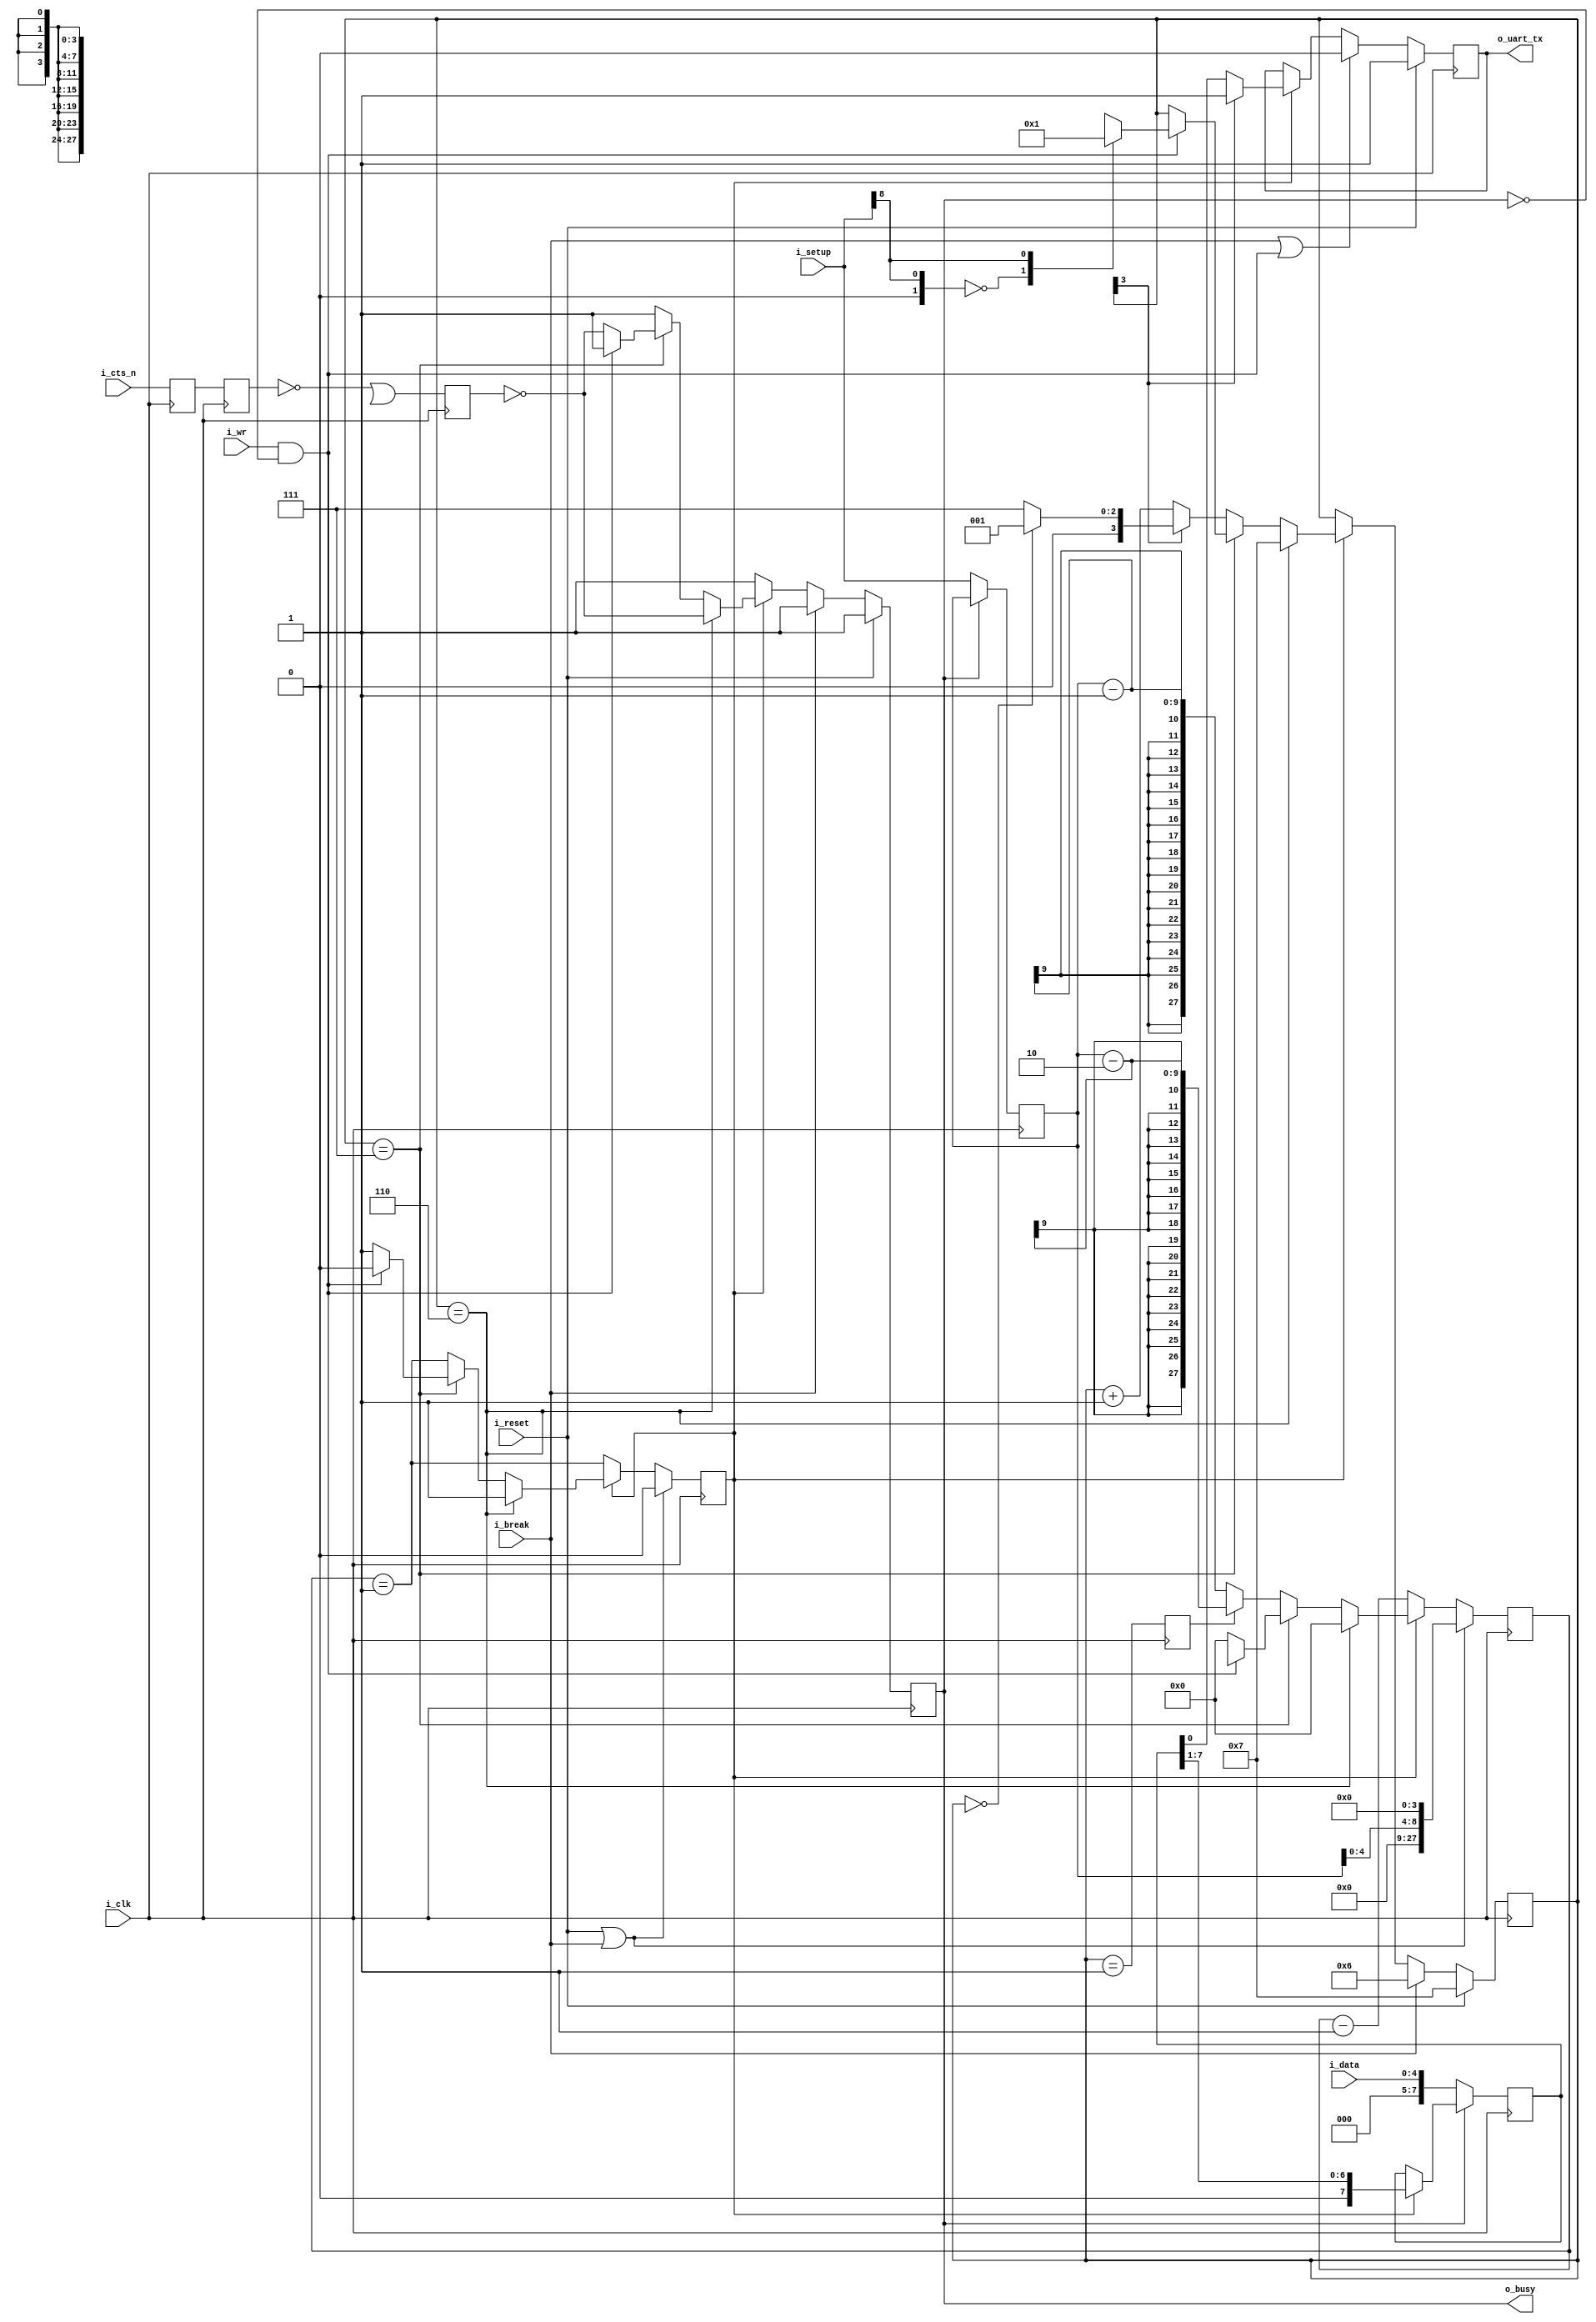

module txuart(i_clk, i_reset, i_setup, i_break, i_wr, i_data,
		i_cts_n, o_uart_tx, o_busy);
	parameter	[8:0]	INITIAL_SETUP = 31'd868;
	//
	localparam 	[2:0]	TXU_BIT_ZERO  = 4'h0;
	localparam 	[2:0]	TXU_BIT_ONE   = 4'h1;
	localparam 	[2:0]	TXU_BIT_TWO   = 4'h2;
	localparam 	[2:0]	TXU_BIT_THREE = 4'h3;
	localparam 	[2:0]	TXU_BIT_FOUR  = 4'h4;
	localparam 	[2:0]	TXU_BIT_FIVE  = 4'h5;
	localparam 	[2:0]	TXU_BIT_SIX   = 4'h6;
	localparam 	[2:0]	TXU_BIT_SEVEN = 4'h7;
	localparam 	[2:0]	TXU_PARITY    = 4'h8;
	localparam 	[2:0]	TXU_STOP      = 4'h9;
	localparam 	[2:0]	TXU_SECOND_STOP = 4'ha;
	//
	localparam 	[2:0]	TXU_BREAK     = 4'he;
	localparam 	[2:0]	TXU_IDLE      = 4'hf;
	//
	//
	input	wire		i_clk, i_reset;
	input	wire	[8:0]	i_setup;
	input	wire		i_break;
	input	wire		i_wr;
	input	wire	[4:0]	i_data;
	// Hardware flow control Ready-To-Send bit.  Set this to one to use
	// the core without flow control.  (A more appropriate name would be
	// the Ready-To-Receive bit ...)
	input	wire		i_cts_n;
	// And the UART input line itself
	output	reg		o_uart_tx;
	// A line to tell others when we are ready to accept data.  If
	// (i_wr)&&(!o_busy) is ever true, then the core has accepted a byte
	// for transmission.
	output	wire		o_busy;

	wire	[8:0]	clocks_per_baud, break_condition;
	wire	[1:0]	i_data_bits, data_bits;
	wire		use_parity, parity_odd, dblstop, fixd_parity,
			fixdp_value, hw_flow_control, i_parity_odd;
	reg	[8:0]	r_setup;
	assign	clocks_per_baud = { 4'h0, r_setup[8:0] };
	assign	break_condition = { r_setup[8:0], 4'h0 };
	assign	hw_flow_control = !r_setup[30];
	assign	i_data_bits     =  i_setup[8:8];
	assign	data_bits       =  r_setup[29:28];
	assign	dblstop         =  r_setup[27];
	assign	use_parity      =  r_setup[26];
	assign	fixd_parity     =  r_setup[25];
	assign	i_parity_odd    =  i_setup[24];
	assign	parity_odd      =  r_setup[24];
	assign	fixdp_value     =  r_setup[24];

	reg	[27:0]	baud_counter;
	reg	[3:0]	state;
	reg	[7:0]	lcl_data;
	reg		calc_parity, r_busy, zero_baud_counter, last_state;


	// First step ... handle any hardware flow control, if so enabled.
	//
	// Clock in the flow control data, two clocks to avoid metastability
	// Default to using hardware flow control (uart_setup[30]==0 to use it).
	// Set this high order bit off if you do not wish to use it.
	reg	q_cts_n, qq_cts_n, ck_cts;
	// While we might wish to give initial values to q_rts and ck_cts,
	// 1) it's not required since the transmitter starts in a long wait
	// state, and 2) doing so will prevent the synthesizer from optimizing
	// this pin in the case it is hard set to 1'b1 external to this
	// peripheral.
	//
	// initial	q_cts_n  = 1'b1;
	// initial	qq_cts_n = 1'b1;
	// initial	ck_cts   = 1'b0;
	always	@(posedge i_clk)
		{ qq_cts_n, q_cts_n } <= { q_cts_n, i_cts_n };
	always	@(posedge i_clk)
		ck_cts <= (!qq_cts_n)||(!hw_flow_control);

	initial	o_uart_tx = 1'b1;
	initial	r_busy = 1'b1;
	initial	state  = TXU_IDLE;
	always @(posedge i_clk)
	if (i_reset)
	begin
		r_busy <= 1'b1;
		state <= TXU_IDLE;
	end else if (i_break)
	begin
		state <= TXU_BREAK;
		r_busy <= 1'b1;
	end else if (!zero_baud_counter)
	begin // r_busy needs to be set coming into here
		r_busy <= 1'b1;
	end else if (state == TXU_BREAK)
	begin
		state <= TXU_IDLE;
		r_busy <= !ck_cts;
	end else if (state == TXU_IDLE)	// STATE_IDLE
	begin
		if ((i_wr)&&(!r_busy))
		begin	// Immediately start us off with a start bit
			r_busy <= 1'b1;
			case(i_data_bits)
			2'b00: state <= TXU_BIT_ZERO;
			2'b01: state <= TXU_BIT_ONE;
			2'b10: state <= TXU_BIT_TWO;
			2'b11: state <= TXU_BIT_THREE;
			endcase
		end else begin // Stay in idle
			r_busy <= !ck_cts;
		end
	end else begin
		// One clock tick in each of these states ...
		// baud_counter <= clocks_per_baud - 28'h01;
		r_busy <= 1'b1;
		if (state[3] == 0) // First 8 bits
		begin
			if (state == TXU_BIT_SEVEN)
				state <= (use_parity)? TXU_PARITY:TXU_STOP;
			else
				state <= state + 1;
		end else if (state == TXU_PARITY)
		begin
			state <= TXU_STOP;
		end else if (state == TXU_STOP)
		begin // two stop bit(s)
			if (dblstop)
				state <= TXU_SECOND_STOP;
			else
				state <= TXU_IDLE;
		end else // `TXU_SECOND_STOP and default:
		begin
			state <= TXU_IDLE; // Go back to idle
			// Still r_busy, since we need to wait
			// for the baud clock to finish counting
			// out this last bit.
		end
	end 

	// o_busy
	//
	// This is a wire, designed to be true is we are ever busy above.
	// originally, this was going to be true if we were ever not in the
	// idle state.  The logic has since become more complex, hence we have
	// a register dedicated to this and just copy out that registers value.
	assign	o_busy = (r_busy);


	// r_setup
	//
	// Our setup register.  Accept changes between any pair of transmitted
	// words.  The register itself has many fields to it.  These are
	// broken out up top, and indicate what 1) our baud rate is, 2) our
	// number of stop bits, 3) what type of parity we are using, and 4)
	// the size of our data word.
	initial	r_setup = INITIAL_SETUP;
	always @(posedge i_clk)
	if (!o_busy)
		r_setup <= i_setup;

	// lcl_data
	//
	// This is our working copy of the i_data register which we use
	// when transmitting.  It is only of interest during transmit, and is
	// allowed to be whatever at any other time.  Hence, if r_busy isn't
	// true, we can always set it.  On the one clock where r_busy isn't
	// true and i_wr is, we set it and r_busy is true thereafter.
	// Then, on any zero_baud_counter (i.e. change between baud intervals)
	// we simple logically shift the register right to grab the next bit.
	initial	lcl_data = 8'hff;
	always @(posedge i_clk)
	if (!r_busy)
		lcl_data <= i_data;
	else if (zero_baud_counter)
		lcl_data <= { 1'b0, lcl_data[7:1] };

	// o_uart_tx
	//
	// This is the final result/output desired of this core.  It's all
	// centered about o_uart_tx.  This is what finally needs to follow
	// the UART protocol.
	//
	// Ok, that said, our rules are:
	//	1'b0 on any break condition
	//	1'b0 on a start bit (IDLE, write, and not busy)
	//	lcl_data[0] during any data transfer, but only at the baud
	//		change
	//	PARITY -- During the parity bit.  This depends upon whether or
	//		not the parity bit is fixed, then what it's fixed to,
	//		or changing, and hence what it's calculated value is.
	//	1'b1 at all other times (stop bits, idle, etc)
	always @(posedge i_clk)
	if (i_reset)
		o_uart_tx <= 1'b1;
	else if ((i_break)||((i_wr)&&(!r_busy)))
		o_uart_tx <= 1'b0;
	else if (zero_baud_counter)
		casez(state)
		4'b0???:	o_uart_tx <= lcl_data[0];
		TXU_PARITY:	o_uart_tx <= calc_parity;
		default:	o_uart_tx <= 1'b1;
		endcase


	// calc_parity
	//
	// Calculate the parity to be placed into the parity bit.  If the
	// parity is fixed, then the parity bit is given by the fixed parity
	// value (r_setup[24]).  Otherwise the parity is given by the GF2
	// sum of all the data bits (plus one for even parity).
	initial	calc_parity = 1'b0;
	always @(posedge i_clk)
	if (!o_busy)
		calc_parity <= i_setup[24];
	else if (fixd_parity)
		calc_parity <= fixdp_value;
	else if (zero_baud_counter)
	begin
		if (state[3] == 0) // First 8 bits of msg
			calc_parity <= calc_parity ^ lcl_data[0];
		else if (state == TXU_IDLE)
			calc_parity <= parity_odd;
	end else if (!r_busy)
		calc_parity <= parity_odd;


	// All of the above logic is driven by the baud counter.  Bits must last
	// clocks_per_baud in length, and this baud counter is what we use to
	// make certain of that.
	//
	// The basic logic is this: at the beginning of a bit interval, start
	// the baud counter and set it to count clocks_per_baud.  When it gets
	// to zero, restart it.
	//
	// However, comparing a 28'bit number to zero can be rather complex--
	// especially if we wish to do anything else on that same clock.  For
	// that reason, we create "zero_baud_counter".  zero_baud_counter is
	// nothing more than a flag that is true anytime baud_counter is zero.
	// It's true when the logic (above) needs to step to the next bit.
	// Simple enough?
	//
	// I wish we could stop there, but there are some other (ugly)
	// conditions to deal with that offer exceptions to this basic logic.
	//
	// 1. When the user has commanded a BREAK across the line, we need to
	// wait several baud intervals following the break before we start
	// transmitting, to give any receiver a chance to recognize that we are
	// out of the break condition, and to know that the next bit will be
	// a stop bit.
	//
	// 2. A reset is similar to a break condition--on both we wait several
	// baud intervals before allowing a start bit.
	//
	// 3. In the idle state, we stop our counter--so that upon a request
	// to transmit when idle we can start transmitting immediately, rather
	// than waiting for the end of the next (fictitious and arbitrary) baud
	// interval.
	//
	// When (i_wr)&&(!r_busy)&&(state == TXU_IDLE) then we're not only in
	// the idle state, but we also just accepted a command to start writing
	// the next word.  At this point, the baud counter needs to be reset
	// to the number of clocks per baud, and zero_baud_counter set to zero.
	//
	// The logic is a bit twisted here, in that it will only check for the
	// above condition when zero_baud_counter is false--so as to make
	// certain the STOP bit is complete.
	initial	zero_baud_counter = 1'b0;
	initial	baud_counter = 28'h05;
	always @(posedge i_clk)
	begin
		zero_baud_counter <= (baud_counter == 28'h01);
		if ((i_reset)||(i_break))
		begin
			// Give ourselves 16 bauds before being ready
			baud_counter <= break_condition;
			zero_baud_counter <= 1'b0;
		end else if (!zero_baud_counter)
			baud_counter <= baud_counter - 28'h01;
		else if (state == TXU_BREAK)
		begin
			baud_counter <= 0;
			zero_baud_counter <= 1'b1;
		end else if (state == TXU_IDLE)
		begin
			baud_counter <= 28'h0;
			zero_baud_counter <= 1'b1;
			if ((i_wr)&&(!r_busy))
			begin
				baud_counter <= { 4'h0, i_setup[23:0]} - 28'h01;
				zero_baud_counter <= 1'b0;
			end
		end else if (last_state)
			baud_counter <= clocks_per_baud - 28'h02;
		else
			baud_counter <= clocks_per_baud - 28'h01;
	end

	initial	last_state = 1'b0;
	always @(posedge i_clk)
	if (dblstop)
		last_state <= (state == TXU_SECOND_STOP);
	else
		last_state <= (state == TXU_STOP);

`ifdef	FORMAL
	reg		fsv_parity;
	reg	[30:0]	fsv_setup;
	reg	[7:0]	fsv_data;
	reg		f_past_valid;

	initial	f_past_valid = 1'b0;
	always @(posedge  i_clk)
		f_past_valid <= 1'b1;

	always @(posedge i_clk)
	if ((i_wr)&&(!o_busy))
		fsv_data <= i_data;

	initial	fsv_setup = INITIAL_SETUP;
	always @(posedge i_clk)
	if (!o_busy)
		fsv_setup <= i_setup;

	always @(*)
		assert(r_setup == fsv_setup);


	always @(posedge i_clk)
		assert(zero_baud_counter == (baud_counter == 0));

	always @(*)
	if (!o_busy)
		assert(zero_baud_counter);

	/*
	*
	* Will only pass if !i_break && !i_reset, otherwise the setup can
	* change in the middle of this operation
	*
	always @(posedge i_clk)
	if ((f_past_valid)&&(!$past(i_reset))&&(!$past(i_break))
			&&(($past(o_busy))||($past(i_wr))))
		assert(baud_counter <= { fsv_setup[23:0], 4'h0 });
	*/

	// A single baud interval
	always @(posedge i_clk)
	if ((f_past_valid)&&(!$past(zero_baud_counter))
		&&(!$past(i_reset))&&(!$past(i_break)))
	begin
		assert($stable(o_uart_tx));
		assert($stable(state));
		assert($stable(lcl_data));
		if ((state != TXU_IDLE)&&(state != TXU_BREAK))
			assert($stable(calc_parity));
		assert(baud_counter == $past(baud_counter)-1'b1);
	end

	//
	// Our various sequence data declarations
	reg	[5:0]	f_five_seq;
	reg	[6:0]	f_six_seq;
	reg	[7:0]	f_seven_seq;
	reg	[8:0]	f_eight_seq;
	reg	[2:0]	f_stop_seq;	// parity bit, stop bit, double stop bit


	//
	// One byte transmitted
	//
	// DATA = the byte that is sent
	// CKS  = the number of clocks per bit
	//
	////////////////////////////////////////////////////////////////////////
	//
	// Five bit data
	//
	////////////////////////////////////////////////////////////////////////

	initial	f_five_seq = 0;
	always @(posedge i_clk)
	if ((i_reset)||(i_break))
		f_five_seq = 0;
	else if ((state == TXU_IDLE)&&(i_wr)&&(!o_busy)
			&&(i_data_bits == 2'b11)) // five data bits
		f_five_seq <= 1;
	else if (zero_baud_counter)
		f_five_seq <= f_five_seq << 1;

	always @(*)
	if (|f_five_seq)
	begin
		assert(fsv_setup[29:28] == data_bits);
		assert(data_bits == 2'b11);
		assert(baud_counter < fsv_setup[23:0]);

		assert(1'b0 == |f_six_seq);
		assert(1'b0 == |f_seven_seq);
		assert(1'b0 == |f_eight_seq);
		assert(r_busy);
		assert(state > 4'h2);
	end

	always @(*)
	case(f_five_seq)
	6'h00: begin assert(1); end
	6'h01: begin
		assert(state == 4'h3);
		assert(o_uart_tx == 1'b0);
		assert(lcl_data[4:0] == fsv_data[4:0]);
		if (!fixd_parity)
			assert(calc_parity == parity_odd);
	end
	6'h02: begin
		assert(state == 4'h4);
		assert(o_uart_tx == fsv_data[0]);
		assert(lcl_data[3:0] == fsv_data[4:1]);
		if (!fixd_parity)
			assert(calc_parity == fsv_data[0] ^ parity_odd);
	end
	6'h04: begin
		assert(state == 4'h5);
		assert(o_uart_tx == fsv_data[1]);
		assert(lcl_data[2:0] == fsv_data[4:2]);
		if (!fixd_parity)
			assert(calc_parity == (^fsv_data[1:0]) ^ parity_odd);
	end
	6'h08: begin
		assert(state == 4'h6);
		assert(o_uart_tx == fsv_data[2]);
		assert(lcl_data[1:0] == fsv_data[4:3]);
		if (!fixd_parity)
			assert(calc_parity == (^fsv_data[2:0]) ^ parity_odd);
	end
	6'h10: begin
		assert(state == 4'h7);
		assert(o_uart_tx == fsv_data[3]);
		assert(lcl_data[0] == fsv_data[4]);
		if (!fixd_parity)
			assert(calc_parity == (^fsv_data[3:0]) ^ parity_odd);
	end
	6'h20: begin
		if (use_parity)
			assert(state == 4'h8);
		else
			assert(state == 4'h9);
		assert(o_uart_tx == fsv_data[4]);
		if (!fixd_parity)
			assert(calc_parity == (^fsv_data[4:0]) ^ parity_odd);
	end
	default: begin assert(0); end
	endcase

	////////////////////////////////////////////////////////////////////////
	//
	// Six bit data
	//
	////////////////////////////////////////////////////////////////////////

	initial	f_six_seq = 0;
	always @(posedge i_clk)
	if ((i_reset)||(i_break))
		f_six_seq = 0;
	else if ((state == TXU_IDLE)&&(i_wr)&&(!o_busy)
			&&(i_data_bits == 2'b10)) // six data bits
		f_six_seq <= 1;
	else if (zero_baud_counter)
		f_six_seq <= f_six_seq << 1;

	always @(*)
	if (|f_six_seq)
	begin
		assert(fsv_setup[29:28] == 2'b10);
		assert(fsv_setup[29:28] == data_bits);
		assert(baud_counter < fsv_setup[23:0]);

		assert(1'b0 == |f_five_seq);
		assert(1'b0 == |f_seven_seq);
		assert(1'b0 == |f_eight_seq);
		assert(r_busy);
		assert(state > 4'h1);
	end

	always @(*)
	case(f_six_seq)
	7'h00: begin assert(1); end
	7'h01: begin
		assert(state == 4'h2);
		assert(o_uart_tx == 1'b0);
		assert(lcl_data[5:0] == fsv_data[5:0]);
		if (!fixd_parity)
			assert(calc_parity == parity_odd);
	end
	7'h02: begin
		assert(state == 4'h3);
		assert(o_uart_tx == fsv_data[0]);
		assert(lcl_data[4:0] == fsv_data[5:1]);
		if (!fixd_parity)
			assert(calc_parity == fsv_data[0] ^ parity_odd);
	end
	7'h04: begin
		assert(state == 4'h4);
		assert(o_uart_tx == fsv_data[1]);
		assert(lcl_data[3:0] == fsv_data[5:2]);
		if (!fixd_parity)
			assert(calc_parity == (^fsv_data[1:0]) ^ parity_odd);
	end
	7'h08: begin
		assert(state == 4'h5);
		assert(o_uart_tx == fsv_data[2]);
		assert(lcl_data[2:0] == fsv_data[5:3]);
		if (!fixd_parity)
			assert(calc_parity == (^fsv_data[2:0]) ^ parity_odd);
	end
	7'h10: begin
		assert(state == 4'h6);
		assert(o_uart_tx == fsv_data[3]);
		assert(lcl_data[1:0] == fsv_data[5:4]);
		if (!fixd_parity)
			assert(calc_parity == (^fsv_data[3:0]) ^ parity_odd);
	end
	7'h20: begin
		assert(state == 4'h7);
		assert(lcl_data[0] == fsv_data[5]);
		assert(o_uart_tx == fsv_data[4]);
		if (!fixd_parity)
			assert(calc_parity == ((^fsv_data[4:0]) ^ parity_odd));
	end
	7'h40: begin
		if (use_parity)
			assert(state == 4'h8);
		else
			assert(state == 4'h9);
		assert(o_uart_tx == fsv_data[5]);
		if (!fixd_parity)
			assert(calc_parity == ((^fsv_data[5:0]) ^ parity_odd));
	end
	default: begin if (f_past_valid) assert(0); end
	endcase

	////////////////////////////////////////////////////////////////////////
	//
	// Seven bit data
	//
	////////////////////////////////////////////////////////////////////////
	initial	f_seven_seq = 0;
	always @(posedge i_clk)
	if ((i_reset)||(i_break))
		f_seven_seq = 0;
	else if ((state == TXU_IDLE)&&(i_wr)&&(!o_busy)
			&&(i_data_bits == 2'b01)) // seven data bits
		f_seven_seq <= 1;
	else if (zero_baud_counter)
		f_seven_seq <= f_seven_seq << 1;

	always @(*)
	if (|f_seven_seq)
	begin
		assert(fsv_setup[29:28] == 2'b01);
		assert(fsv_setup[29:28] == data_bits);
		assert(baud_counter < fsv_setup[23:0]);

		assert(1'b0 == |f_five_seq);
		assert(1'b0 == |f_six_seq);
		assert(1'b0 == |f_eight_seq);
		assert(r_busy);
		assert(state != 4'h0);
	end

	always @(*)
	case(f_seven_seq)
	8'h00: begin assert(1); end
	8'h01: begin
		assert(state == 4'h1);
		assert(o_uart_tx == 1'b0);
		assert(lcl_data[6:0] == fsv_data[6:0]);
		if (!fixd_parity)
			assert(calc_parity == parity_odd);
	end
	8'h02: begin
		assert(state == 4'h2);
		assert(o_uart_tx == fsv_data[0]);
		assert(lcl_data[5:0] == fsv_data[6:1]);
		if (!fixd_parity)
			assert(calc_parity == fsv_data[0] ^ parity_odd);
	end
	8'h04: begin
		assert(state == 4'h3);
		assert(o_uart_tx == fsv_data[1]);
		assert(lcl_data[4:0] == fsv_data[6:2]);
		if (!fixd_parity)
			assert(calc_parity == (^fsv_data[1:0]) ^ parity_odd);
	end
	8'h08: begin
		assert(state == 4'h4);
		assert(o_uart_tx == fsv_data[2]);
		assert(lcl_data[3:0] == fsv_data[6:3]);
		if (!fixd_parity)
			assert(calc_parity == (^fsv_data[2:0]) ^ parity_odd);
	end
	8'h10: begin
		assert(state == 4'h5);
		assert(o_uart_tx == fsv_data[3]);
		assert(lcl_data[2:0] == fsv_data[6:4]);
		if (!fixd_parity)
			assert(calc_parity == (^fsv_data[3:0]) ^ parity_odd);
	end
	8'h20: begin
		assert(state == 4'h6);
		assert(o_uart_tx == fsv_data[4]);
		assert(lcl_data[1:0] == fsv_data[6:5]);
		if (!fixd_parity)
			assert(calc_parity == ((^fsv_data[4:0]) ^ parity_odd));
	end
	8'h40: begin
		assert(state == 4'h7);
		assert(lcl_data[0] == fsv_data[6]);
		assert(o_uart_tx == fsv_data[5]);
		if (!fixd_parity)
			assert(calc_parity == ((^fsv_data[5:0]) ^ parity_odd));
	end
	8'h80: begin
		if (use_parity)
			assert(state == 4'h8);
		else
			assert(state == 4'h9);
		assert(o_uart_tx == fsv_data[6]);
		if (!fixd_parity)
			assert(calc_parity == ((^fsv_data[6:0]) ^ parity_odd));
	end
	default: begin if (f_past_valid) assert(0); end
	endcase


	////////////////////////////////////////////////////////////////////////
	//
	// Eight bit data
	//
	////////////////////////////////////////////////////////////////////////
	initial	f_eight_seq = 0;
	always @(posedge i_clk)
	if ((i_reset)||(i_break))
		f_eight_seq = 0;
	else if ((state == TXU_IDLE)&&(i_wr)&&(!o_busy)
			&&(i_data_bits == 2'b00)) // Eight data bits
		f_eight_seq <= 1;
	else if (zero_baud_counter)
		f_eight_seq <= f_eight_seq << 1;

	always @(*)
	if (|f_eight_seq)
	begin
		assert(fsv_setup[29:28] == 2'b00);
		assert(fsv_setup[29:28] == data_bits);
		assert(baud_counter < { 6'h0, fsv_setup[23:0]});

		assert(1'b0 == |f_five_seq);
		assert(1'b0 == |f_six_seq);
		assert(1'b0 == |f_seven_seq);
		assert(r_busy);
	end

	always @(*)
	case(f_eight_seq)
	9'h000: begin assert(1); end
	9'h001: begin
		assert(state == 4'h0);
		assert(o_uart_tx == 1'b0);
		assert(lcl_data[7:0] == fsv_data[7:0]);
		if (!fixd_parity)
			assert(calc_parity == parity_odd);
	end
	9'h002: begin
		assert(state == 4'h1);
		assert(o_uart_tx == fsv_data[0]);
		assert(lcl_data[6:0] == fsv_data[7:1]);
		if (!fixd_parity)
			assert(calc_parity == fsv_data[0] ^ parity_odd);
	end
	9'h004: begin
		assert(state == 4'h2);
		assert(o_uart_tx == fsv_data[1]);
		assert(lcl_data[5:0] == fsv_data[7:2]);
		if (!fixd_parity)
			assert(calc_parity == (^fsv_data[1:0]) ^ parity_odd);
	end
	9'h008: begin
		assert(state == 4'h3);
		assert(o_uart_tx == fsv_data[2]);
		assert(lcl_data[4:0] == fsv_data[7:3]);
		if (!fixd_parity)
			assert(calc_parity == (^fsv_data[2:0]) ^ parity_odd);
	end
	9'h010: begin
		assert(state == 4'h4);
		assert(o_uart_tx == fsv_data[3]);
		assert(lcl_data[3:0] == fsv_data[7:4]);
		if (!fixd_parity)
			assert(calc_parity == (^fsv_data[3:0]) ^ parity_odd);
	end
	9'h020: begin
		assert(state == 4'h5);
		assert(o_uart_tx == fsv_data[4]);
		assert(lcl_data[2:0] == fsv_data[7:5]);
		if (!fixd_parity)
			assert(calc_parity == (^fsv_data[4:0]) ^ parity_odd);
	end
	9'h040: begin
		assert(state == 4'h6);
		assert(o_uart_tx == fsv_data[5]);
		assert(lcl_data[1:0] == fsv_data[7:6]);
		if (!fixd_parity)
			assert(calc_parity == (^fsv_data[5:0]) ^ parity_odd);
	end
	9'h080: begin
		assert(state == 4'h7);
		assert(o_uart_tx == fsv_data[6]);
		assert(lcl_data[0] == fsv_data[7]);
		if (!fixd_parity)
			assert(calc_parity == ((^fsv_data[6:0]) ^ parity_odd));
	end
	9'h100: begin
		if (use_parity)
			assert(state == 4'h8);
		else
			assert(state == 4'h9);
		assert(o_uart_tx == fsv_data[7]);
		if (!fixd_parity)
			assert(calc_parity == ((^fsv_data[7:0]) ^ parity_odd));
	end
	default: begin if (f_past_valid) assert(0); end
	endcase

	////////////////////////////////////////////////////////////////////////
	//
	// Combined properties for all of the data sequences
	//
	////////////////////////////////////////////////////////////////////////
	always @(posedge i_clk)
	if (((|f_five_seq[5:0]) || (|f_six_seq[6:0]) || (|f_seven_seq[7:0])
			|| (|f_eight_seq[8:0]))
		&& ($past(zero_baud_counter)))
		assert(baud_counter == { 4'h0, fsv_setup[23:0] }-1);


	////////////////////////////////////////////////////////////////////////
	//
	// The stop sequence
	//
	// This consists of any parity bit, as well as one or two stop bits
	////////////////////////////////////////////////////////////////////////
	initial	f_stop_seq = 1'b0;
	always @(posedge i_clk)
	if ((i_reset)||(i_break))
		f_stop_seq <= 0;
	else if (zero_baud_counter)
	begin
		f_stop_seq <= 0;
		if (f_stop_seq[0]) // Coming from a parity bit
		begin
			if (dblstop)
				f_stop_seq[1] <= 1'b1;
			else
				f_stop_seq[2] <= 1'b1;
		end

		if (f_stop_seq[1])
			f_stop_seq[2] <= 1'b1;

		if (f_eight_seq[8] | f_seven_seq[7] | f_six_seq[6]
			| f_five_seq[5])
		begin
			if (use_parity)
				f_stop_seq[0] <= 1'b1;
			else if (dblstop)
				f_stop_seq[1] <= 1'b1;
			else
				f_stop_seq[2] <= 1'b1;
		end
	end

	always @(*)
	if (|f_stop_seq)
	begin
		assert(1'b0 == |f_five_seq[4:0]);
		assert(1'b0 == |f_six_seq[5:0]);
		assert(1'b0 == |f_seven_seq[6:0]);
		assert(1'b0 == |f_eight_seq[7:0]);

		assert(r_busy);
	end

	always @(*)
	if (f_stop_seq[0])
	begin
		// 9 if dblstop and use_parity
		if (dblstop)
			assert(state == TXU_STOP);
		else
			assert(state == TXU_STOP);
		assert(use_parity);
		assert(o_uart_tx == fsv_parity);
	end
		
	always @(*)
	if (f_stop_seq[1])
	begin
		// if (!use_parity)
		assert(state == TXU_SECOND_STOP);
		assert(dblstop);
		assert(o_uart_tx);
	end

	always @(*)
	if (f_stop_seq[2])
	begin
		assert(state == 4'hf);
		assert(o_uart_tx);
		assert(baud_counter < fsv_setup[23:0]-1'b1);
	end
		

	always @(*)
	if (fsv_setup[25])
		fsv_parity <= fsv_setup[24];
	else
		case(fsv_setup[29:28])
		2'b00: fsv_parity = (^fsv_data[7:0]) ^ fsv_setup[24];
		2'b01: fsv_parity = (^fsv_data[6:0]) ^ fsv_setup[24];
		2'b10: fsv_parity = (^fsv_data[5:0]) ^ fsv_setup[24];
		2'b11: fsv_parity = (^fsv_data[4:0]) ^ fsv_setup[24];
		endcase

	//////////////////////////////////////////////////////////////////////
	//
	// The break sequence
	//
	//////////////////////////////////////////////////////////////////////
	reg	[1:0]	f_break_seq;
	initial	f_break_seq = 2'b00;
	always @(posedge i_clk)
	if (i_reset)
		f_break_seq <= 2'b00;
	else if (i_break)
		f_break_seq <= 2'b01;
	else if (!zero_baud_counter)
		f_break_seq <= { |f_break_seq, 1'b0 };
	else
		f_break_seq <= 0;

	always @(posedge i_clk)
	if (f_break_seq[0])
		assert(baud_counter == { $past(fsv_setup[23:0]), 4'h0 });
	always @(posedge i_clk)
	if ((f_past_valid)&&($past(f_break_seq[1]))&&(state != TXU_BREAK))
	begin
		assert(state == TXU_IDLE);
		assert(o_uart_tx == 1'b1);
	end

	always @(*)
	if (|f_break_seq)
	begin
		assert(state == TXU_BREAK);
		assert(r_busy);
		assert(o_uart_tx == 1'b0);
	end

	//////////////////////////////////////////////////////////////////////
	//
	// Properties for use during induction if we are made a submodule of
	// the rxuart
	//
	//////////////////////////////////////////////////////////////////////

	// Need enough bits for reset (24+4) plus enough bits for all of the
	// various characters, 24+4, so 24+5 is a minimum of this counter
	//
`ifndef	TXUART
	reg	[28:0]		f_counter;
	initial	f_counter = 0;
	always @(posedge i_clk)
	if (!o_busy)
		f_counter <= 1'b0;
	else
		f_counter <= f_counter + 1'b1;

	always @(*)
	if (f_five_seq[0]|f_six_seq[0]|f_seven_seq[0]|f_eight_seq[0])
		assert(f_counter == (fsv_setup[8:0] - baud_counter - 1));
	else if (f_five_seq[1]|f_six_seq[1]|f_seven_seq[1]|f_eight_seq[1])
		assert(f_counter == ({4'h0, fsv_setup[23:0], 1'b0} - baud_counter - 1));
	else if (f_five_seq[2]|f_six_seq[2]|f_seven_seq[2]|f_eight_seq[2])
		assert(f_counter == ({4'h0, fsv_setup[8:0], 1'b0}
				+{5'h0, fsv_setup[23:0]}
				- baud_counter - 1));
	else if (f_five_seq[3]|f_six_seq[3]|f_seven_seq[3]|f_eight_seq[3])
		assert(f_counter == ({3'h0, fsv_setup[23:0], 2'b0}
				- baud_counter - 1));
	else if (f_five_seq[4]|f_six_seq[4]|f_seven_seq[4]|f_eight_seq[4])
		assert(f_counter == ({3'h0, fsv_setup[23:0], 2'b0}
				+{5'h0, fsv_setup[23:0]}
				- baud_counter - 1));
	else if (f_five_seq[5]|f_six_seq[5]|f_seven_seq[5]|f_eight_seq[5])
		assert(f_counter == ({3'h0, fsv_setup[8:0], 2'b0}
				+{4'h0, fsv_setup[23:0], 1'b0}
				- baud_counter - 1));
	else if (f_six_seq[6]|f_seven_seq[6]|f_eight_seq[6])
		assert(f_counter == ({3'h0, fsv_setup[23:0], 2'b0}
				+{5'h0, fsv_setup[8:0]}
				+{4'h0, fsv_setup[8:0], 1'b0}
				- baud_counter - 1));
	else if (f_seven_seq[7]|f_eight_seq[7])
		assert(f_counter == ({2'h0, fsv_setup[23:0], 3'b0}	// 8
				- baud_counter - 1));
	else if (f_eight_seq[8])
		assert(f_counter == ({2'h0, fsv_setup[23:0], 3'b0}	// 9
				+{5'h0, fsv_setup[23:0]}
				- baud_counter - 1));
	else if (f_stop_seq[0] || (!use_parity && f_stop_seq[1]))
	begin
		// Parity bit, or first of two stop bits
		case(data_bits)
		2'b00: assert(f_counter == ({2'h0, fsv_setup[8:0], 3'b0}
				+{4'h0, fsv_setup[8:0], 1'b0} // 10
				- baud_counter - 1));
		2'b01: assert(f_counter == ({2'h0, fsv_setup[23:0], 3'b0}
				+{5'h0, fsv_setup[8:0]} // 9
				- baud_counter - 1));
		2'b10: assert(f_counter == ({2'h0, fsv_setup[23:0], 3'b0}
				- baud_counter - 1)); // 8
		2'b11: assert(f_counter == ({3'h0, fsv_setup[8:0], 2'b0}
				+{5'h0, fsv_setup[23:0]}	// 7
				+{4'h0, fsv_setup[23:0], 1'b0}
				- baud_counter - 1));
		endcase
	end else if (!use_parity && !dblstop  && f_stop_seq[2])
	begin
		// No parity, single stop bit
		// Different from the one above, since the last counter is has
		// one fewer items within it
		case(data_bits)
		2'b00: assert(f_counter == ({2'h0, fsv_setup[23:0], 3'b0}
				+{4'h0, fsv_setup[23:0], 1'b0} // 10
				- baud_counter - 2));
		2'b01: assert(f_counter == ({2'h0, fsv_setup[23:0], 3'b0}
				+{5'h0, fsv_setup[23:0]} // 9
				- baud_counter - 2));
		2'b10: assert(f_counter == ({2'h0, fsv_setup[23:0], 3'b0}
				- baud_counter - 2)); // 8
		2'b11: assert(f_counter == ({3'h0, fsv_setup[8:0], 2'b0}
				+{5'h0, fsv_setup[23:0]}	// 7
				+{4'h0, fsv_setup[8:0], 1'b0}
				- baud_counter - 2));
		endcase
	end else if (f_stop_seq[1])
	begin
		// Parity and the first of two stop bits
		assert(dblstop && use_parity);
		case(data_bits)
		2'b00: assert(f_counter == ({2'h0, fsv_setup[23:0], 3'b0}
				+{5'h0, fsv_setup[23:0]}	// 11
				+{4'h0, fsv_setup[23:0], 1'b0}
				- baud_counter - 1));
		2'b01: assert(f_counter == ({2'h0, fsv_setup[23:0], 3'b0}
				+{4'h0, fsv_setup[23:0], 1'b0} // 10
				- baud_counter - 1));
		2'b10: assert(f_counter == ({2'h0, fsv_setup[23:0], 3'b0}
				+{5'h0, fsv_setup[23:0]}	// 9
				- baud_counter - 1));
		2'b11: assert(f_counter == ({2'h0, fsv_setup[23:0], 3'b0}
				- baud_counter - 1));		// 8
		endcase
	end else if ((dblstop ^ use_parity) && f_stop_seq[2])
	begin
		// Parity and one stop bit
		// assert(!dblstop && use_parity);
		case(data_bits)
		2'b00: assert(f_counter == ({2'h0, fsv_setup[23:0], 3'b0}
				+{5'h0, fsv_setup[23:0]}	// 11
				+{4'h0, fsv_setup[23:0], 1'b0}
				- baud_counter - 2));
		2'b01: assert(f_counter == ({2'h0, fsv_setup[23:0], 3'b0}
				+{4'h0, fsv_setup[23:0], 1'b0} // 10
				- baud_counter - 2));
		2'b10: assert(f_counter == ({2'h0, fsv_setup[23:0], 3'b0}
				+{5'h0, fsv_setup[23:0]}	// 9
				- baud_counter - 2));
		2'b11: assert(f_counter == ({2'h0, fsv_setup[23:0], 3'b0}
				- baud_counter - 2));		// 8
		endcase
	end else if (f_stop_seq[2])
	begin
		assert(dblstop);
		assert(use_parity);
		// Parity and two stop bits
		case(data_bits)
		2'b00: assert(f_counter == ({2'h0, fsv_setup[23:0], 3'b0}
				+{3'h0, fsv_setup[23:0], 2'b00}	// 12
				- baud_counter - 2));
		2'b01: assert(f_counter == ({2'h0, fsv_setup[23:0], 3'b0}
				+{5'h0, fsv_setup[23:0]}	// 11
				+{4'h0, fsv_setup[23:0], 1'b0}
				- baud_counter - 2));
		2'b10: assert(f_counter == ({2'h0, fsv_setup[23:0], 3'b0}
				+{4'h0, fsv_setup[23:0], 1'b0} // 10
				- baud_counter - 2));
		2'b11: assert(f_counter == ({2'h0, fsv_setup[23:0], 3'b0}
				+{5'h0, fsv_setup[23:0]}	// 9
				- baud_counter - 2));
		endcase
	end
`endif

	//////////////////////////////////////////////////////////////////////
	//
	// Other properties, not necessarily associated with any sequences
	//
	//////////////////////////////////////////////////////////////////////
	always @(*)
		assert((state < 4'hb)||(state >= 4'he));
	//////////////////////////////////////////////////////////////////////
	//
	// Careless/limiting assumption section
	//
	//////////////////////////////////////////////////////////////////////
	always @(*)
		assume(i_setup[23:0] > 2);
	always @(*)
		assert(fsv_setup[23:0] > 2);

`endif	// FORMAL
endmodule